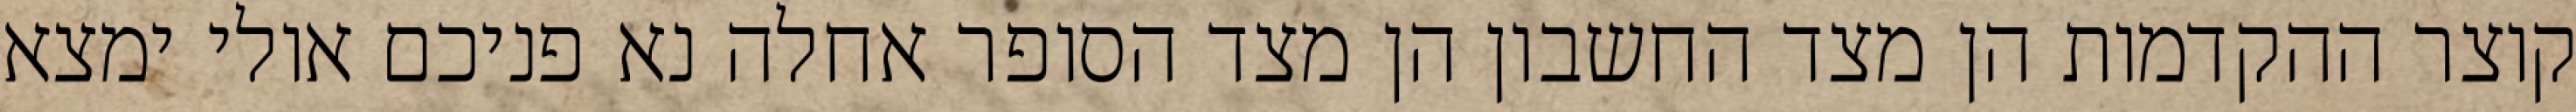
קוצר ההקדמות הן מצד החשבון הן מצד הסופר אחלה נא פניכם אולי ימצא